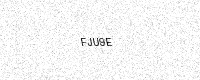
Text: FJU9E